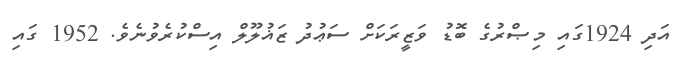
އަދި 1924ގައި މިޞްރުގެ ބޮޑު ވަޒީރަކަށް ސަޢުދު ޒަޣުލޫލް އިސްކުރެވުނެވެ. 1952 ގައި